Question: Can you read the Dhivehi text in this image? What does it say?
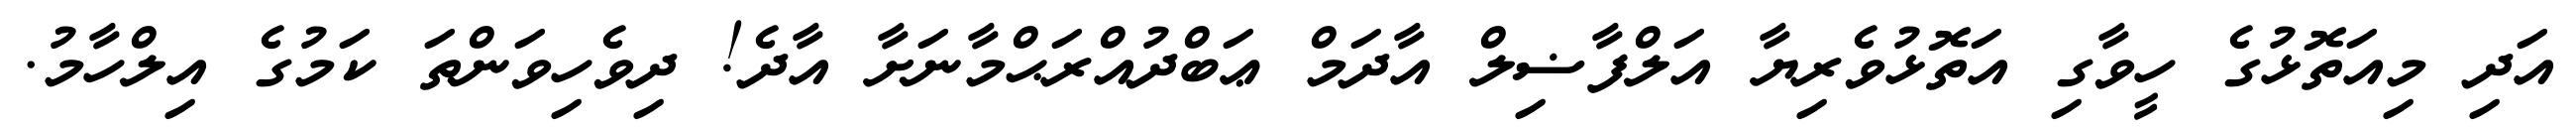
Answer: އަދި މިއަތޮޅުގެ ހީވާގި އަތޮޅުވެރިޔާ އަލްފާޟިލް އާދަމް ޢަބްދުއްރަޙްމާނަށާ އާދެ! ދިވެހިވަންތަ ކަމުގެ އިލްހާމު.